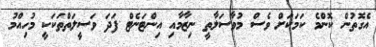
އެގޮތުން ކޮންމެ ކަމަކަށް ވެސް މުވާސަލާތީ ނިޒާމާއި އިންޓަނެޓް ފަދަ ވަސީލަތްތަކަކީ މުހިއްމު